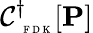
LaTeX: \mathcal C_{\mathrm{~\tiny~F~D~K~}}^{\dagger}[\mathbf{P}]